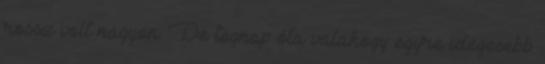
rossz volt nagyon. De tegnap óta valahogy egyre idegesebb